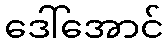
ဒေါ်အောင်